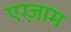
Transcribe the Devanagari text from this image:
एग्ज़ाम